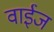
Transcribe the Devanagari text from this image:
वाईज